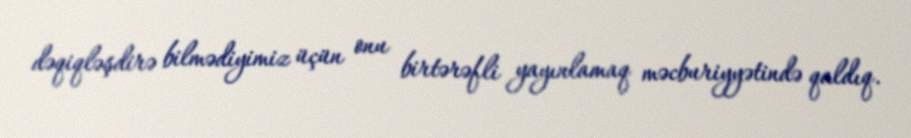
dəqiqləşdirə bilmədiyimiz üçün onu birtərəfli yayınlamaq məcburiyyətində qaldıq.